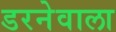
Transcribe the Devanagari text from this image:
डरनेवाला